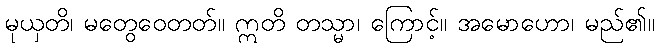
မုယှတိ၊ မတွေဝေတတ်။ ဣတိ တသ္မာ၊ ကြောင့်။ အမောဟော၊ မည်၏။